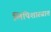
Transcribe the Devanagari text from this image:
लिपिशास्त्रात